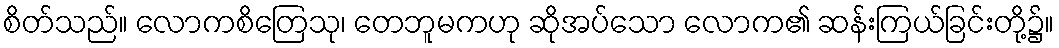
စိတ်သည်။ လောကစိတြေသု၊ တေဘူမကဟု ဆိုအပ်သော လောက၏ ဆန်းကြယ်ခြင်းတို့၌။